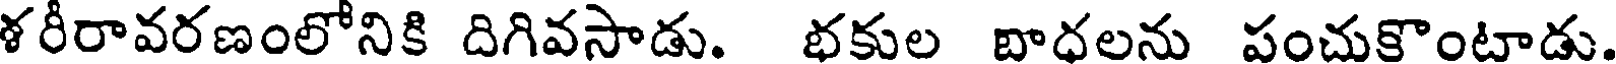
ళరీరావరణంలోనికి దిగివసాడు. భకుల బాధలను పంచుకొంటాడు.